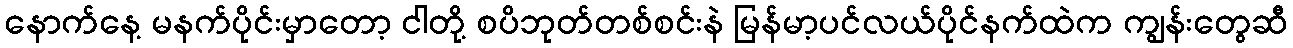
နောက်နေ့ မနက်ပိုင်းမှာတော့ ငါတို့ စပိဘုတ်တစ်စင်းနဲ မြန်မာ့ပင်လယ်ပိုင်နက်ထဲက ကျွန်းတွေဆီ